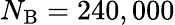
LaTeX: N_{\mathrm{B}}=240,000